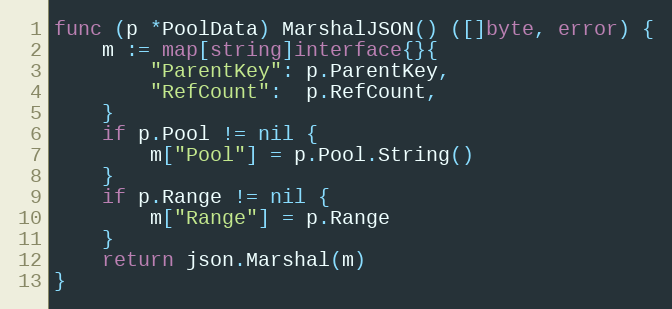
Language: Go
func (p *PoolData) MarshalJSON() ([]byte, error) {
	m := map[string]interface{}{
		"ParentKey": p.ParentKey,
		"RefCount":  p.RefCount,
	}
	if p.Pool != nil {
		m["Pool"] = p.Pool.String()
	}
	if p.Range != nil {
		m["Range"] = p.Range
	}
	return json.Marshal(m)
}